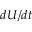
d \boldsymbol { U } / d t